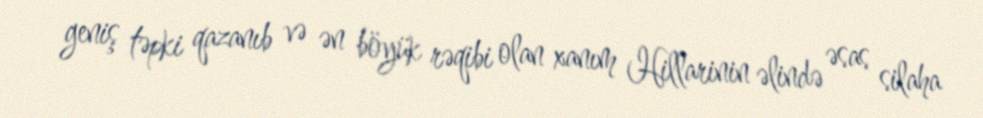
geniş təpki qazanıb və ən böyük rəqibi olan xanım Hillarinin əlində əsas silaha